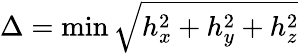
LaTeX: \Delta=\operatorname*{min}\sqrt{h_{x}^{2}+h_{y}^{2}+h_{z}^{2}}